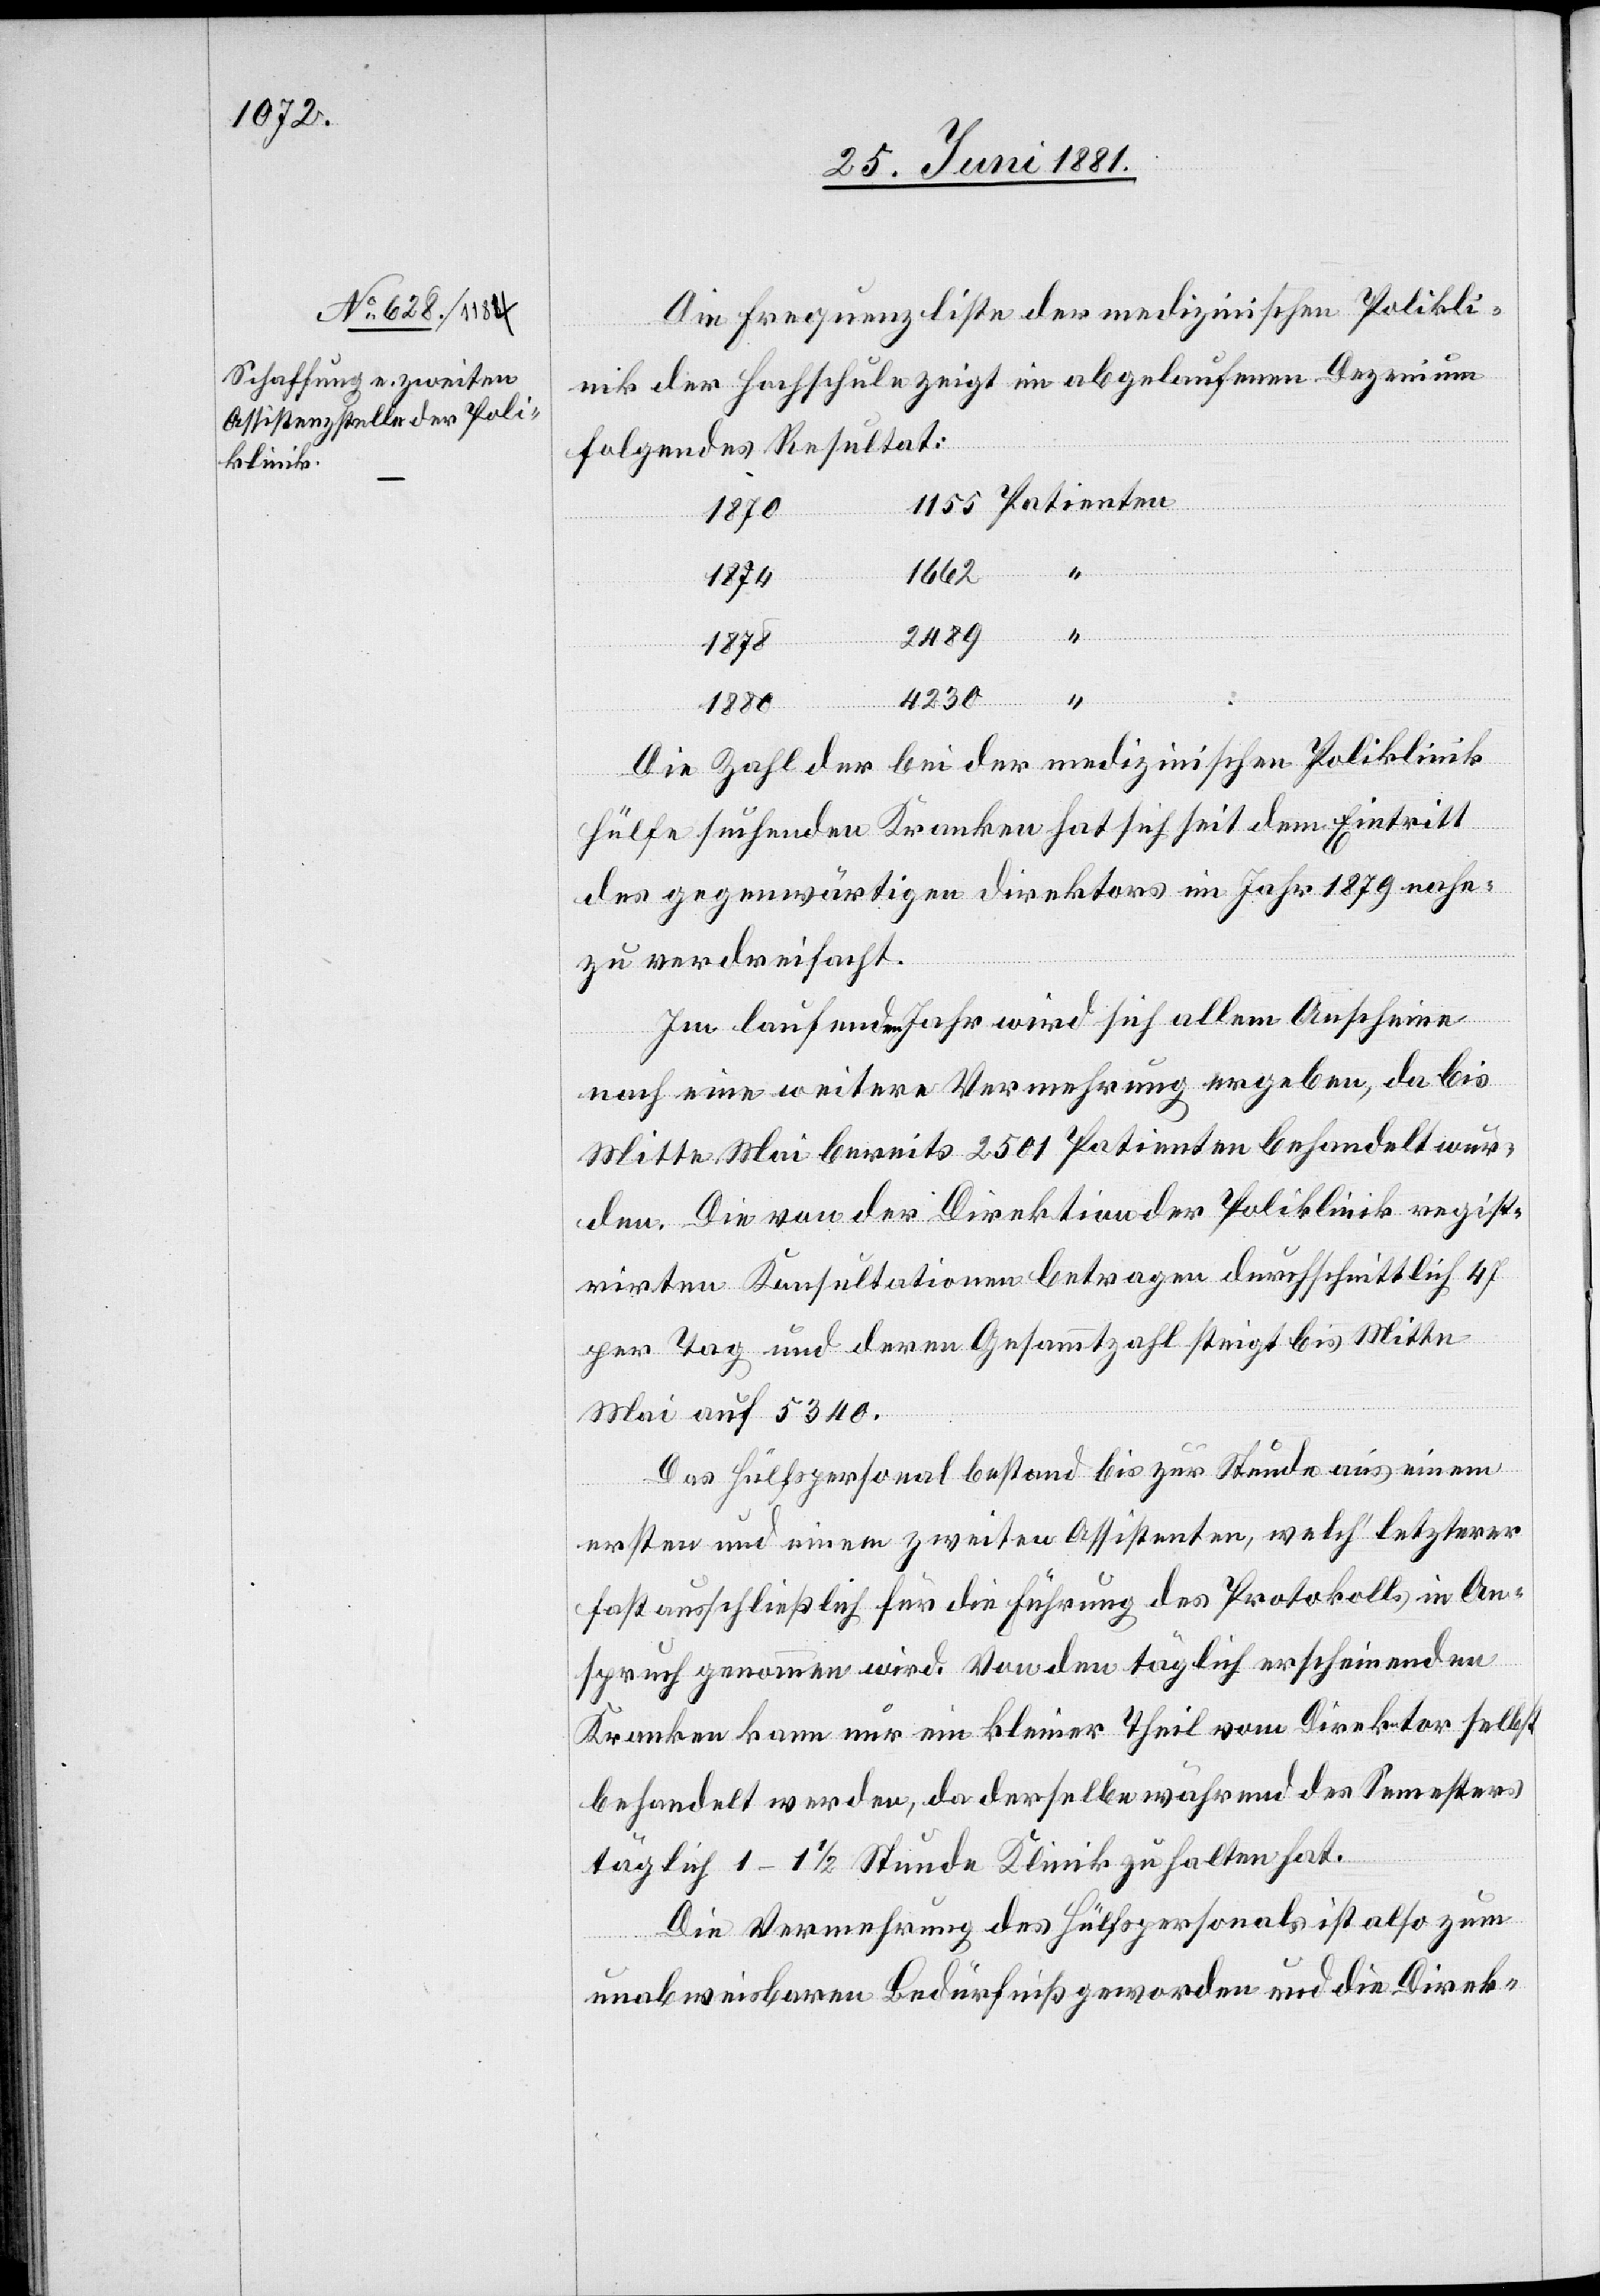
Patienten

Die Frequenzliste der medizinischen Polikli¬
nik der Hochschule zeigt in abgelaufenen Dezenium
folgendes Resultat:
1870
1662
1878
2489
“
1880
4230
Die Zahl der bei der medizinischen Poliklinik
Hülfe suchenden Kranken hat sich seit dem Eintritt
des gegenwärtigen Direktors im Jahre 1879 nahe¬
zu verdreifacht.
Im laufenden Jahr wird sich allem Anscheine
nach eine weitere Vermehrung ergeben, da bis
Mitte Mai bereits 2501 Patienten behandelt wur¬
den. Die von der Direktion der Poliklinik regist¬
rirten Konsultationen betragen durchschnittlich 47
per Tag und deren Gesammtzahl steigt bis Mitte
Mai auf 5340.
Das Hülfspersonal bestand bis zur Stunde aus einem
ersten und einem zweiten Assistenten, welch‘ letzterer
fast ausschließlich für die Führung des Protokolls in An¬
spruch genommen wird. Von den täglich erscheinenden
Kranken kann nur ein kleiner Theil vom Direktor selbst
behandelt werden, da derselbe während des Semesters
täglich 1–1 1/2 Stunde Klinik zu halten hat.
Die Vermehrung des Hülfspersonals ist also zum
unabweisbaren Bedürfniß geworden und die Direk-